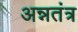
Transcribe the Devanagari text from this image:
अन्नतंत्र